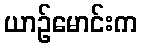
ယာဉ်မောင်းက